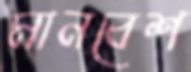
মানবেশ